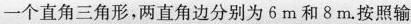
一个直角三角形，两直角边分别为6m和8m.按照输